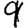
Digit: 9